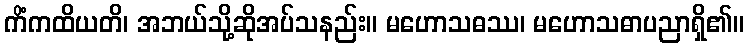
ကိံကထိယတိ၊ အဘယ်သို့ဆိုအပ်သနည်း။ မဟောသဓဿ၊ မဟောသဓာပညာရှိ၏။